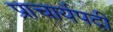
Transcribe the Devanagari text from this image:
प्राचार्यपदी